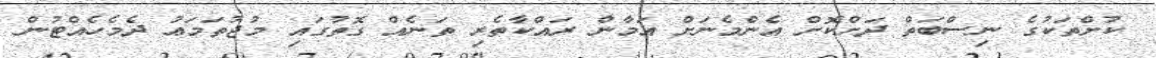
ކުށްތަކުގެ ނިސްބަތް ދަށްކޮށް އެންމެނަށް އަމާން ރައްކާތެރި ތަނެއް ގޮތުގައި މުޖުތަމަޢު ދެމެހެއްޓުން